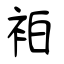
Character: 袙